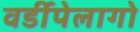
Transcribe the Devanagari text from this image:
वर्डीपेलागो